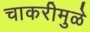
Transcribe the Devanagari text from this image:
चाकरीमुळे